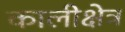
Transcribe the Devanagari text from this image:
कालीक्षेत्र